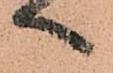
へ